Vaccination in Burma 1912-1922 - 1912-1922
Year: 1912
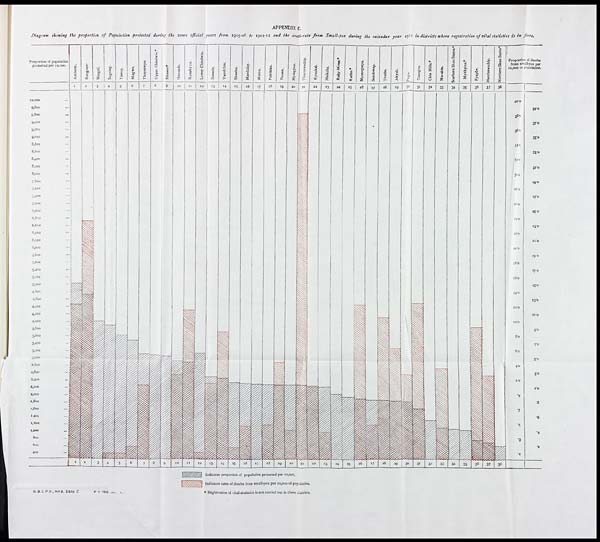
APPENDIX C.
Diagram showing the proportion of Population protected during the seven official years from 1905-06 to 1911-12 and the death-rate from Small-pox during the calendar year 1911 in districts where registration of vital siatisties is in force.
G.B.C.P.O., NS.8, Sany. C
8-7-1912-50. L.